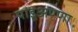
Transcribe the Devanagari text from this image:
पांडूअण्णा